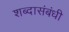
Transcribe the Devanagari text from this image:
शब्दासंबंधी